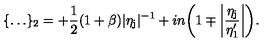
\{ \dots \} _ { 2 } = + \frac { 1 } { 2 } ( 1 + \beta ) \vert \eta _ { \mathrm { j } } \vert ^ { - 1 } + i n \biggl ( 1 \mp \biggl \vert \frac { \eta _ { \mathrm { j } } } { \eta _ { 1 } ^ { \prime } } \biggr \vert \biggr ) .